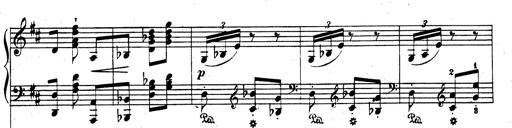
Title: Rhapsodie espagnole
Composer: Franz Liszt